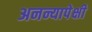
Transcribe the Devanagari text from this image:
अनन्यापेक्षी